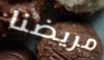
مريضنا